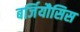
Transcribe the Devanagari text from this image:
बर्जियौसिस